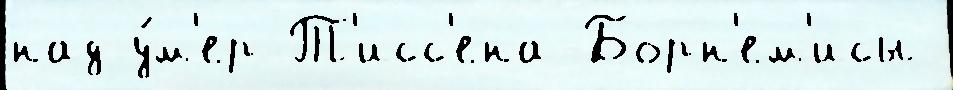
над у́м'ер Т'исс'ена-Борн'ем'исы